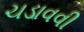
ચડાવવી